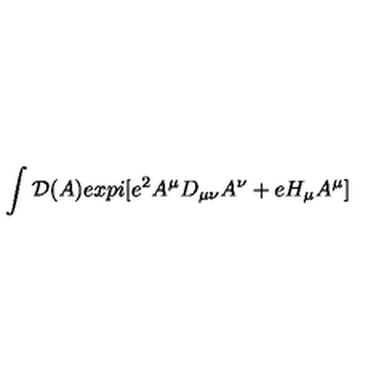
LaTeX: \int { \cal D } ( A ) e x p i [ e ^ { 2 } A ^ { \mu } D _ { \mu \nu } A ^ { \nu } + e H _ { \mu } A ^ { \mu } ]